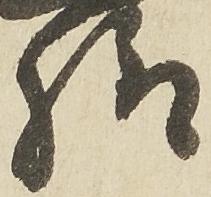
給